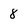
Character: 8